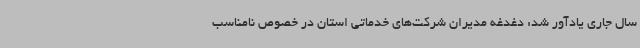
سال جاری یادآور شد: دغدغه مدیران شرکت‌های خدماتی استان در خصوص نامناسب